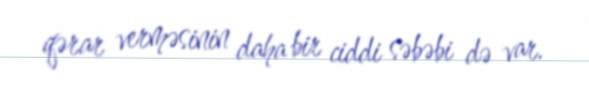
qərar verməsinin daha bir ciddi səbəbi də var.